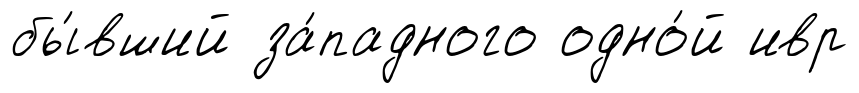
бы́вший за́падного одно́й ивр